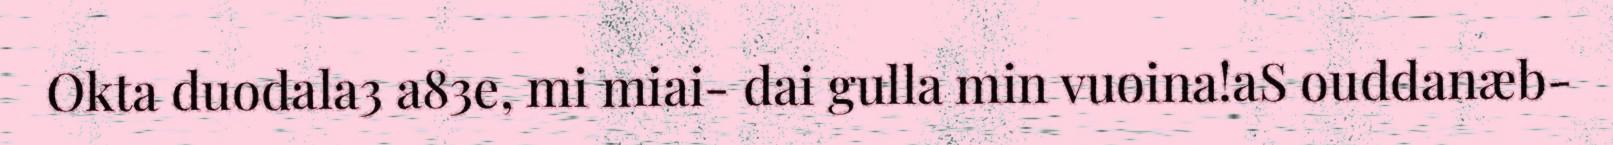
Okta duodala3 a83e, mi miai- dai gulla min vuoina!aS ouddanæb-